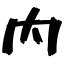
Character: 内